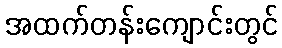
အထက်တန်းကျောင်းတွင်